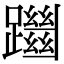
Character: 躖